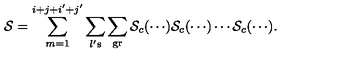
{ \cal S } = \sum _ { m = 1 } ^ { i + j + i ^ { \prime } + j ^ { \prime } } \sum _ { l \mathrm { ' \scriptsize { s } } } \sum _ { \mathrm { \scriptsize { g r } } } { \cal S } _ { c } ( \cdots ) { \cal S } _ { c } ( \cdots ) \cdots { \cal S } _ { c } ( \cdots ) .